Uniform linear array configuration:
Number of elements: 4
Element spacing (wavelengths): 0.25
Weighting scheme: hamming
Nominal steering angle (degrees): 15
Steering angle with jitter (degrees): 13.215
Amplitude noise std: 0.05
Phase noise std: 0.05

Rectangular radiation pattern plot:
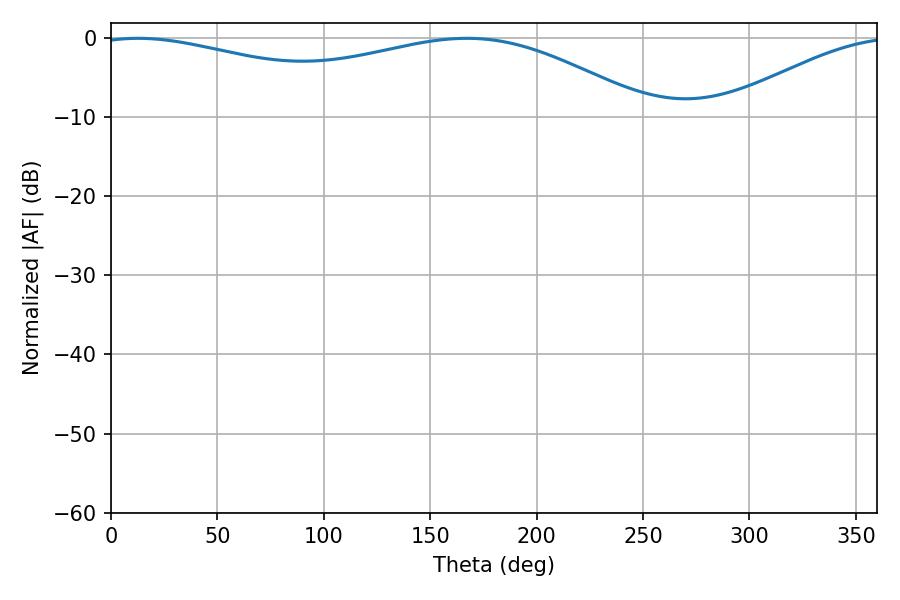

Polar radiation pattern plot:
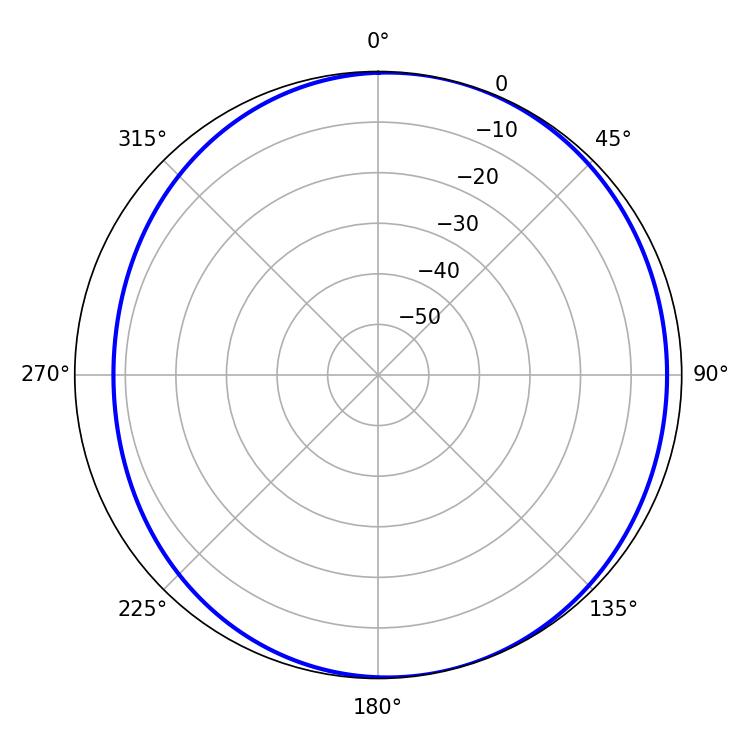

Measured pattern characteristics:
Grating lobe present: FALSE
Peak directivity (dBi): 4.486
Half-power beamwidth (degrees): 214.2
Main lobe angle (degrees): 12.78